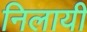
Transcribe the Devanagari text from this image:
निलायी